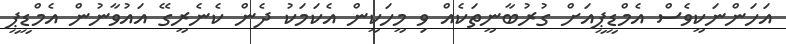
އަހަންނަކީވެސް އެމްޑީޕީއަށް ގުރުބާނީތަކެއް ވި މީހަކީން އެކަމަކު ދެން ކެނެރީގޭ އައުވާނުން އެމްޑީޕީ